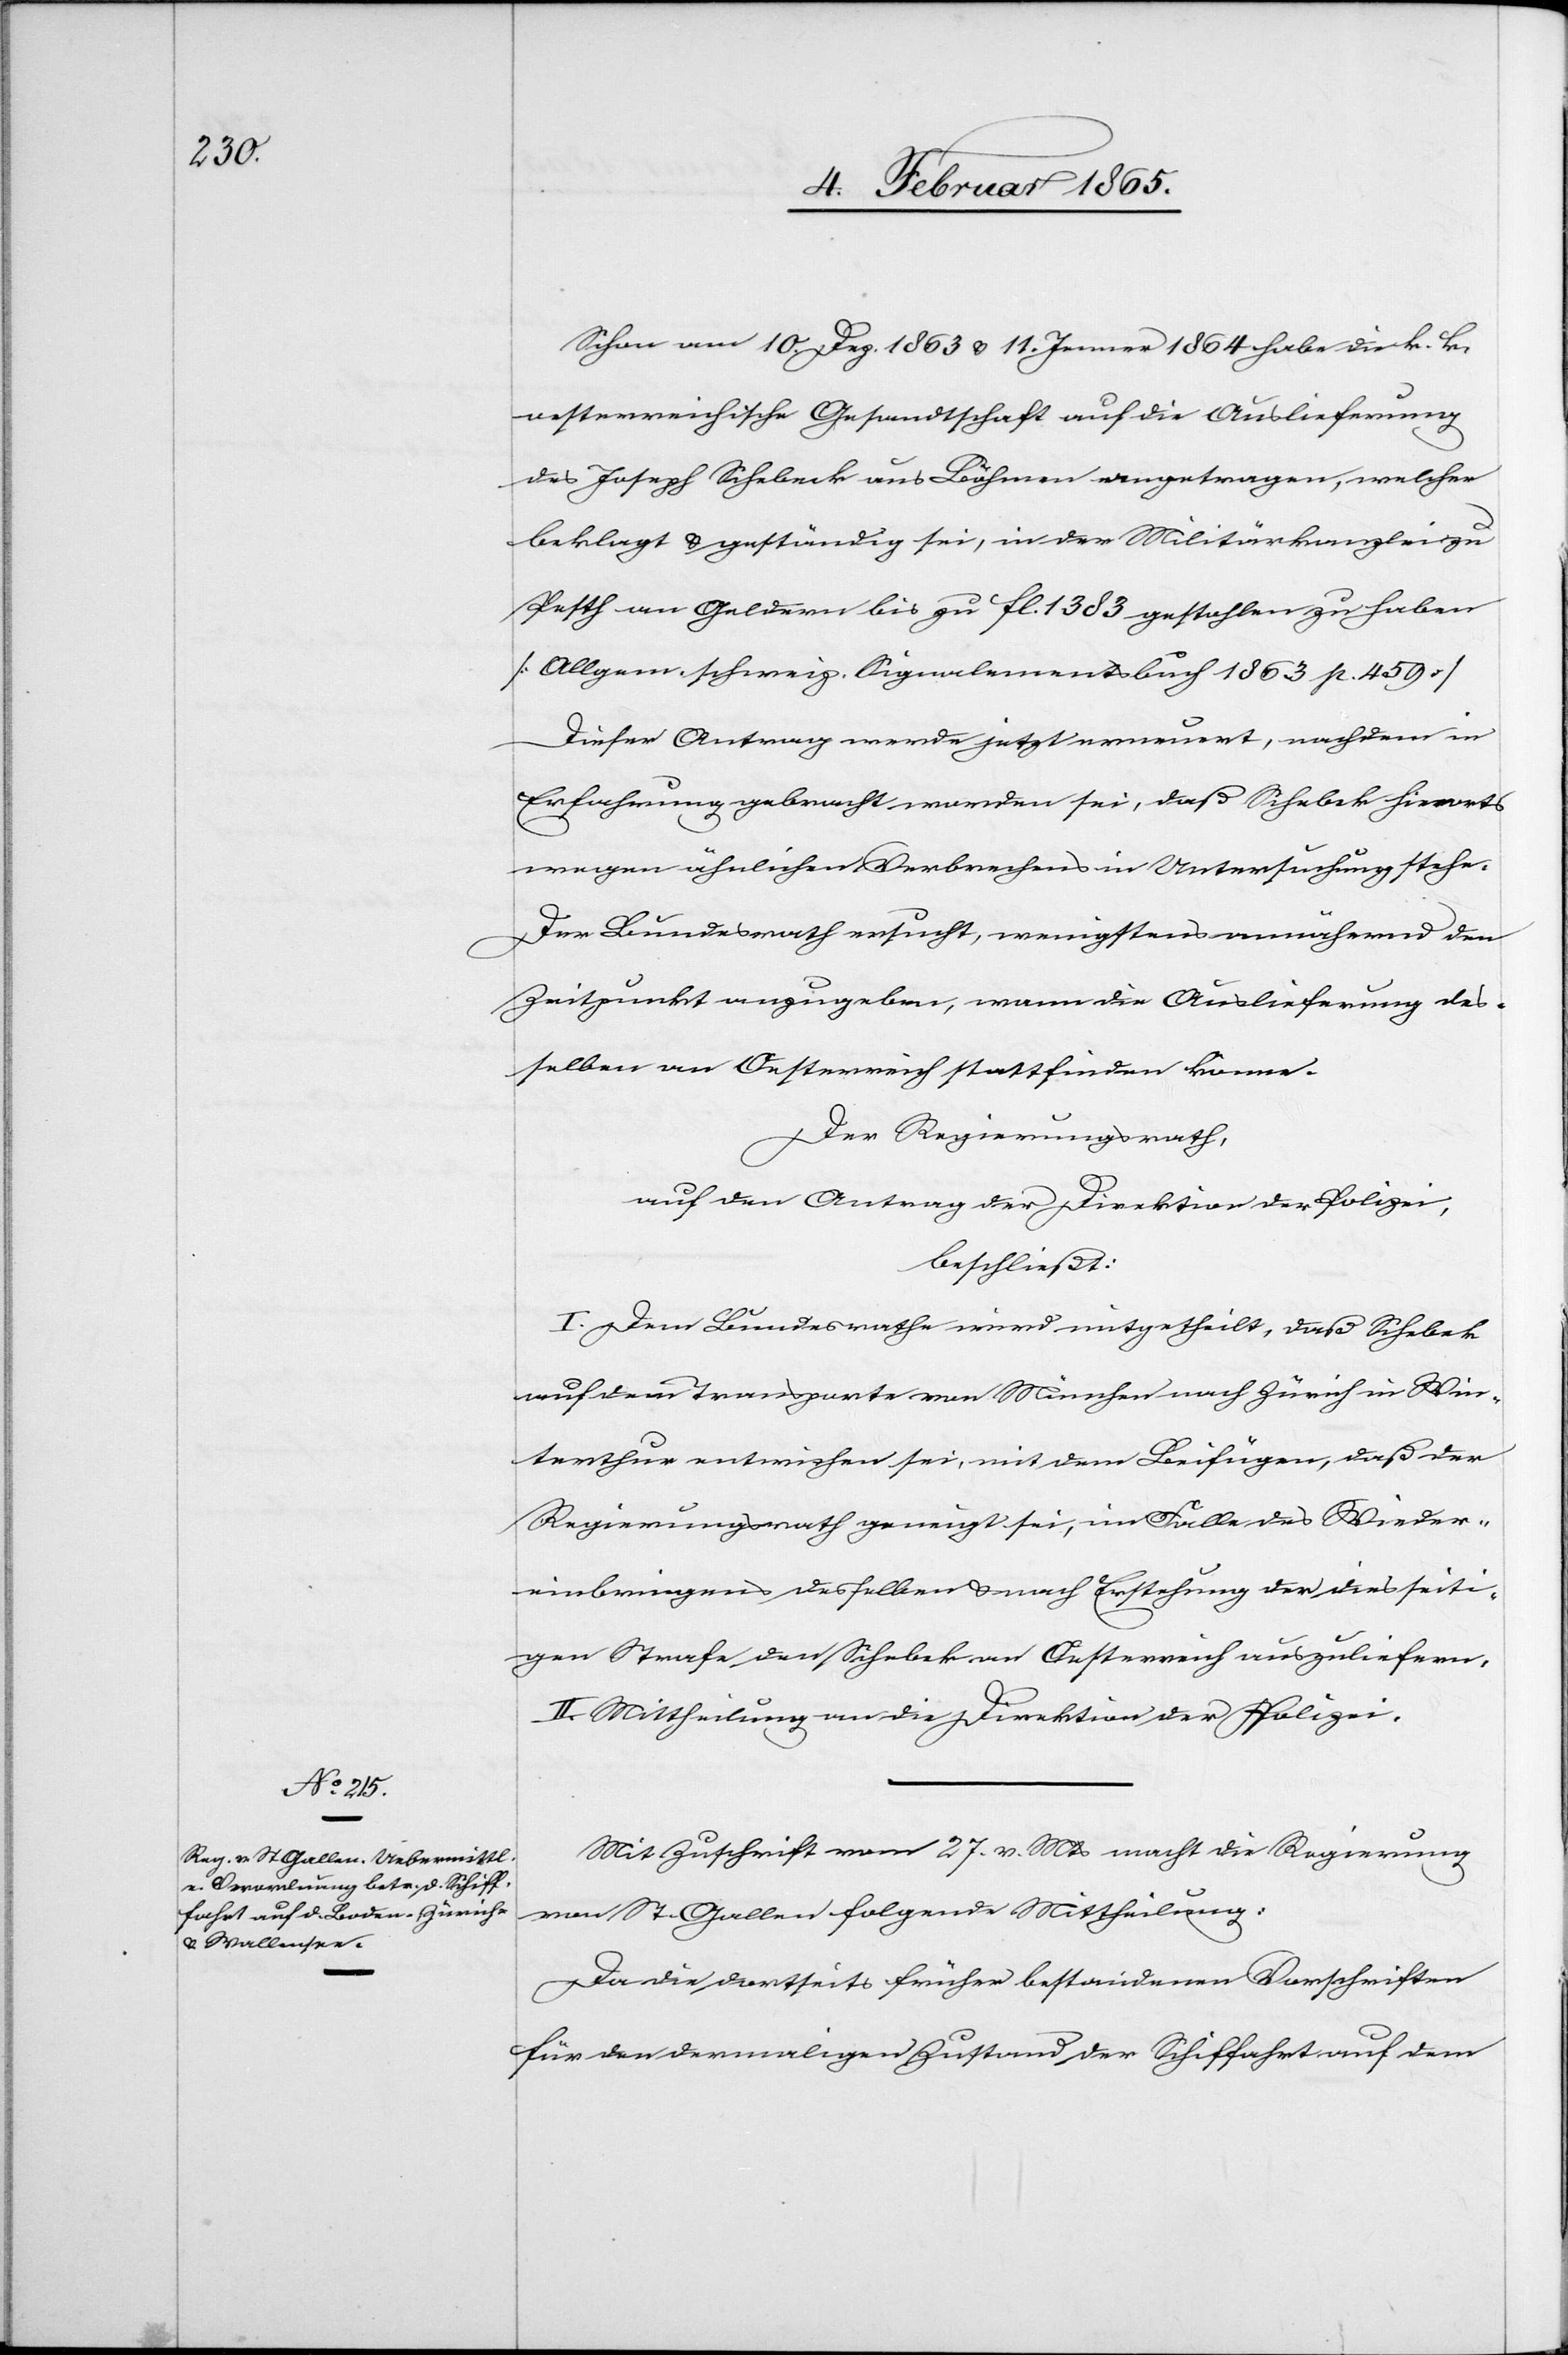
Schon am 10. Dez. 1863 u. 11. Jenner 1864 habe die k. k.
oesterreichische Gesandtschaft auf die Auslieferung
des Joseph Schebeck [sic!] aus Böhmen angetragen, welcher
beklagt u. geständig sei, in der Militärkanzlei zu
Pesth an Geldern bis zu fl. 1383 gestohlen zu haben
[Allgem. schweiz. Signalementsbuch 1863 p. 459]
Dieser Antrag werde jetzt erneuert, nachdem in
Erfahrung gebracht worden sei, daß Schebek hierorts
wegen ähnlichen Verbrechens in Untersuchung stehe.
Der Bundesrath ersucht, wenigstens annähernd den
Zeitpunkt anzugeben, wann die Auslieferung des¬
selben an Oesterreich stattfinden könne.
Der Regierungsrath,
auf den Antrag der Direktion der Polizei,
beschließt:
I. Dem Bundesrathe wird mitgetheilt, daß Sihebek
auf dem Transporte von München nach Zürich in Win¬
terthur entwichen sei, mit dem Beifügen, daß der
Regierungsrath geneigt sei, im Falle des Wieder¬
einbringens desselben u. nach Erstehung der diesseiti¬
gen Strafe den Schebek an Oesterreich auszuliefern.
II. Mittheilung an die Direktion der Polizei.
Mit Zuschrift vom 27. v. Mts macht die Regierung
von St. Gallen folgende Mittheilung:
Da die dortseits früher bestandenen Vorschriften
für den dermaligen Zustand der Schiffahrt auf dem